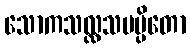
သောကသလ္လသမပ္ပိတော